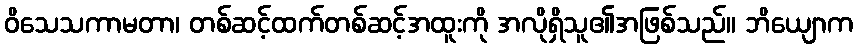
ဝိသေသကာမတာ၊ တစ်ဆင့်ထက်တစ်ဆင့်အထူးကို အလိုရှိသူ၏အဖြစ်သည်။ ဘိယျောက